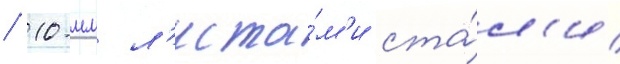
/ 10-мм л'иста́м'и ста́л'и